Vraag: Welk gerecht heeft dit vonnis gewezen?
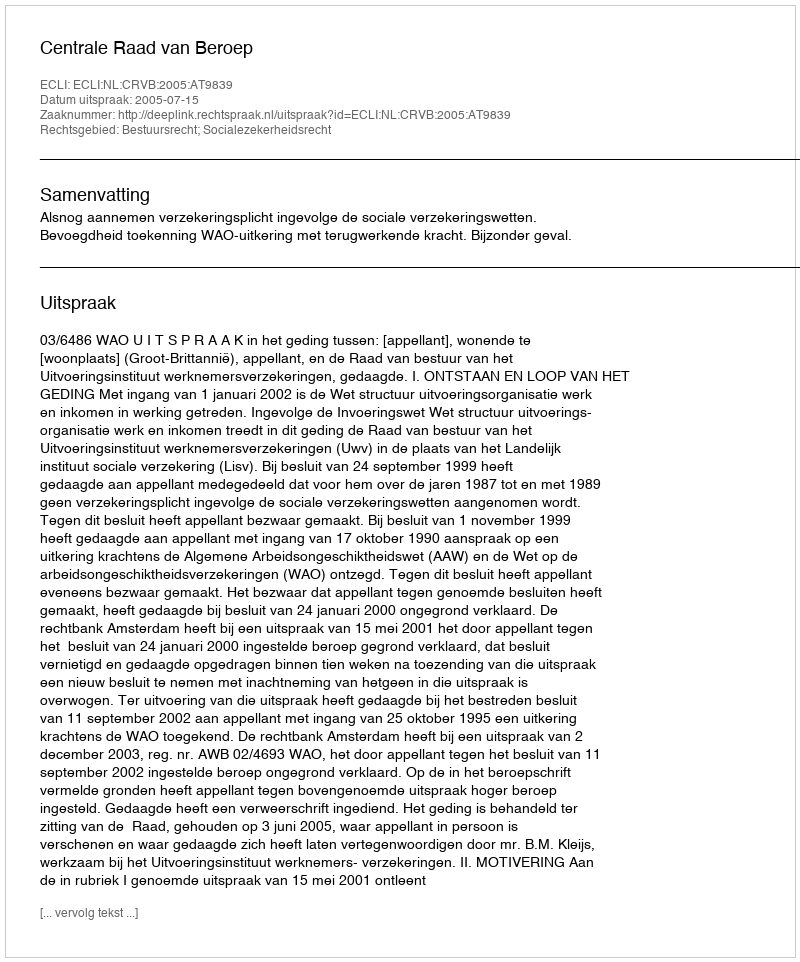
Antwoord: Centrale Raad van Beroep